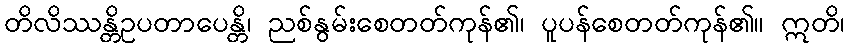
တိလိဿန္တိဥပတာပေန္တိ၊ ညစ်နွမ်းစေတတ်ကုန်၏၊ ပူပန်စေတတ်ကုန်၏။ ဣတိ၊